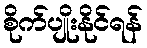
စိုက်ပျိုးနိုင်ရန်